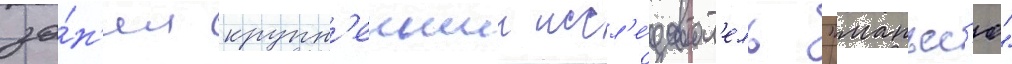
за́н'ял крупн'еишии иссл'е́доват'ель "манъес'ю"